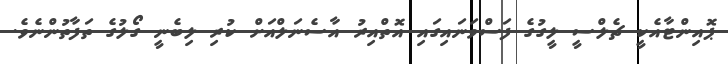
ޕޮއިންޓާއެކީ ޗެލްސީ ލީގުގެ ފަސްވަނައިގައި އޮތްއިރު އާސެނަލްއަށް ކުރި ލިބެނީ ގޯލުގެ ތަފާތުންނެވެ.